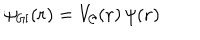
\psi _ { \sf G I } ( { \bf { r } } ) = V _ { \cal { C } } ( { \bf { r } } ) \, \psi ( { \bf { r } } )